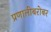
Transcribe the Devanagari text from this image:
प्रणालीबरोबर